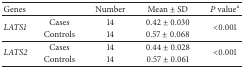
| Genes |  | Number | Mean ± SD | P valuea |
 | --- | --- | --- | --- | --- |
 | <ROWSPAN=2> LATS1 | Cases | 14 | 0.42 ± 0.030 | <ROWSPAN=2> <0.001 |
 | Controls | 14 | 0.57 ± 0.068 |
 | <ROWSPAN=2> LATS2 | Cases | 14 | 0.44 ± 0.028 | <ROWSPAN=2> <0.001 |
 | Controls | 14 | 0.57 ± 0.061 |